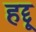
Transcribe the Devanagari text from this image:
हद्दू